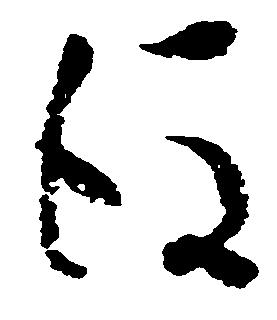
後